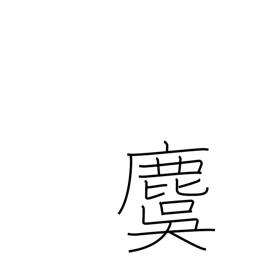
Meaning: stag